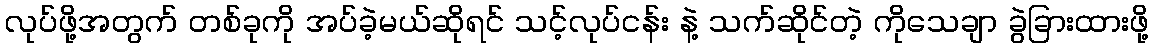
လုပ်ဖို့အတွက် တစ်ခုကို အပ်ခဲ့မယ်ဆိုရင် သင့်လုပ်ငန်း နဲ့ သက်ဆိုင်တဲ့ ကိုသေချာ ခွဲခြားထားဖို့